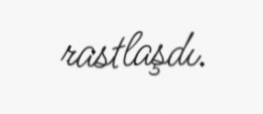
rastlaşdı.